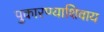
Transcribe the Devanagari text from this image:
पुकारण्याशिवाय